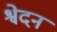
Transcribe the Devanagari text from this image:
श्वेदन